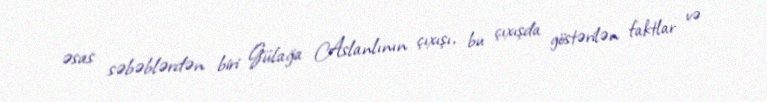
əsas səbəblərdən biri Gülağa Aslanlının çıxışı, bu çıxışda göstərilən faktlar və